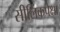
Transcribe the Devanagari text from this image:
सीलिंकपेक्षा